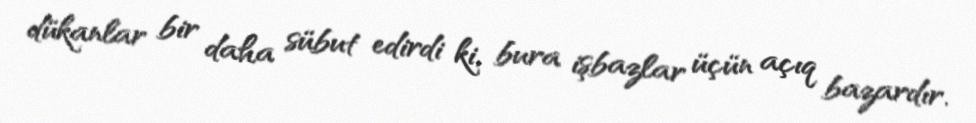
dükanlar bir daha sübut edirdi ki, bura işbazlar üçün açıq bazardır.